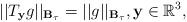
LaTeX: \begin{align*} || T_{\mathbf{y}}g|| _{\mathbf{B}_{\tau }}=||g|| _{ \mathbf{B}_{\tau }}, \mathbf{y}\in\mathbb{R}^{3},\end{align*}